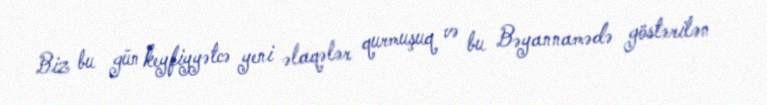
Biz bu gün keyfiyyətcə yeni əlaqələr qurmuşuq və bu Bəyannamədə göstərilən